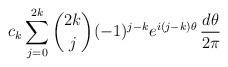
LaTeX: \begin{align*} c_k\sum_{j=0}^{2k}\binom{2k}{j}(-1)^{j-k} e^{i(j-k)\theta} \, \frac{d\theta}{2\pi}\end{align*}